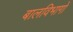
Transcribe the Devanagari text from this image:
बालविभागों